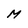
Character: M